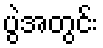
ပွဲအတွင်း